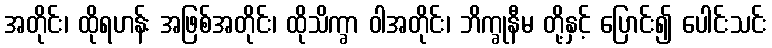
အတိုင်း၊ ထိုရဟန်း အဖြစ်အတိုင်း၊ ထိုသိက္ခာ ဝါအတိုင်း၊ ဘိက္ခုနီမ တို့နှင့် ပြောင်း၍ ပေါင်းသင်း